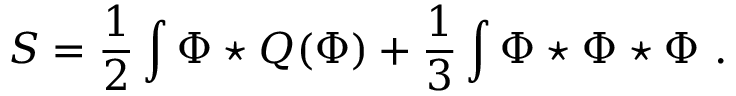
S = \frac { 1 } { 2 } \int \Phi \star Q ( \Phi ) + \frac { 1 } { 3 } \int \Phi \star \Phi \star \Phi \ .